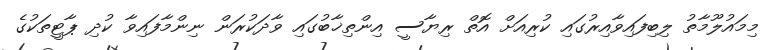
މިމައުލޫމާތު ލިބިފައިވާއިރުގައި ކުރިއަށް އޮތް ރިޔާސީ އިންތިޚާބުގައި ވާދަކުރަން ނިންމާފައިވާ ކުދި ޕާޓީތަކުގެ